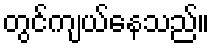
တွင်ကျယ်နေသည်။